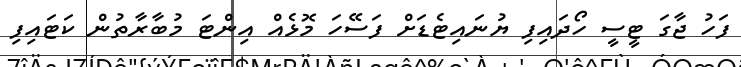
ފަހު ޖާގަ ޓީސީ ހޯދައިފި ޔުނައިޓެޑަށް ފަސޭހަ މޮޅެއް އިންޓަ މުބާރާތުން ކަޓައިފި